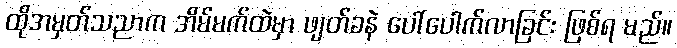
ထိုအမှတ်သညာက အိမ်မက်ထဲမှာ ဖျတ်ခနဲ ပေါ်ပေါက်လာခြင်း ဖြစ်ရ မည်။